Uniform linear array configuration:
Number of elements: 16
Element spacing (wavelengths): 0.75
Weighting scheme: hamming
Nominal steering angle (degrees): -30
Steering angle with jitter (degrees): -29.804
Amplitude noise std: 0.05
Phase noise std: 0.05

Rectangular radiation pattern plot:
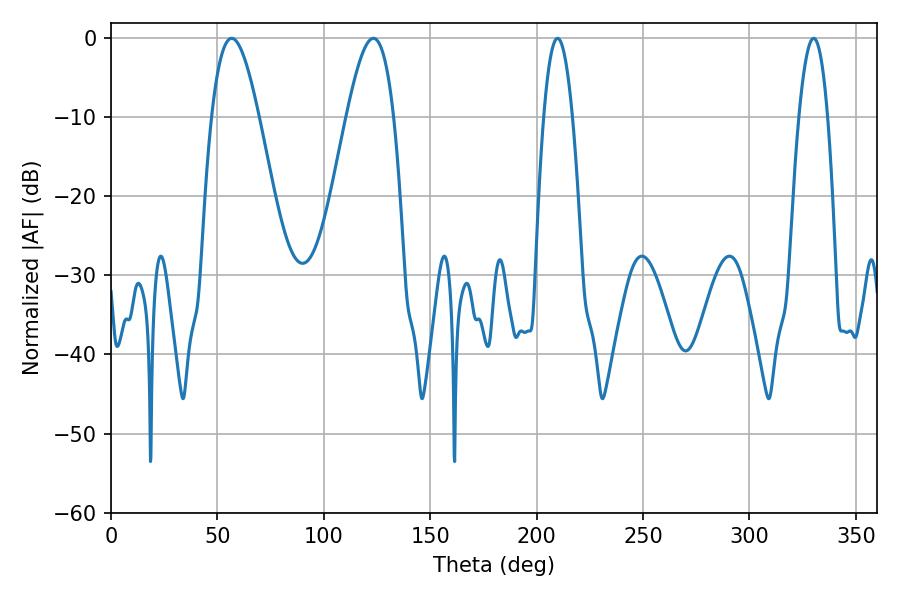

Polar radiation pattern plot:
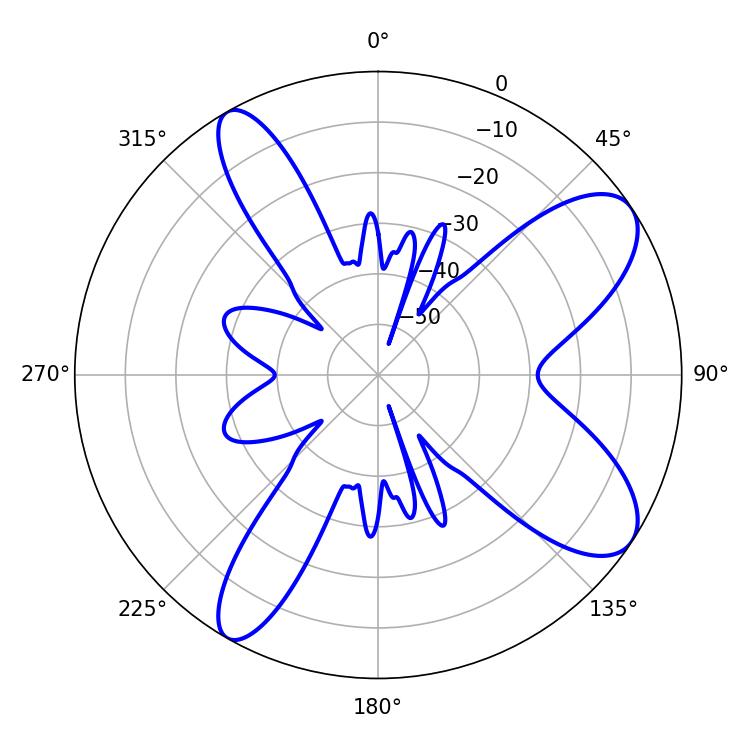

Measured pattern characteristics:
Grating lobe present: TRUE
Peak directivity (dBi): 9.117
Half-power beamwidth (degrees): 11.88
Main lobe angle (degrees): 56.7